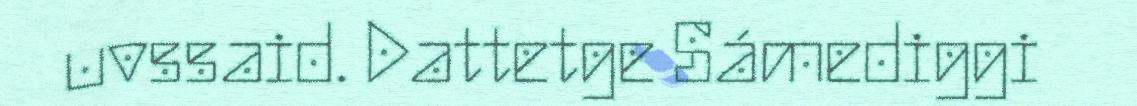
uvssaid. Dattetge Sámediggi